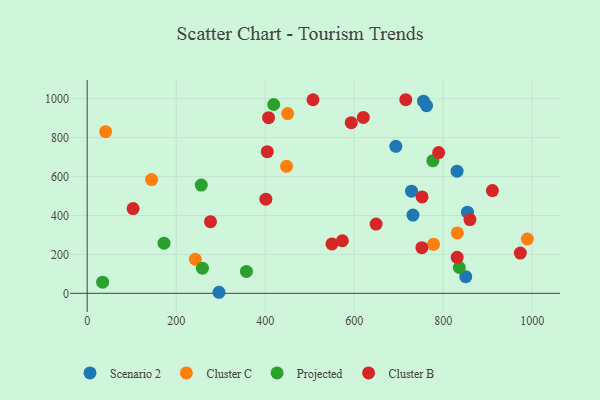
{"axis": {"x": "Ad Spend", "y": "Yield"}, "legend": ["Cluster B", "Cluster C", "Projected", "Scenario 2"], "data": [{"x": "831.1", "y": 627.7, "type": "Scenario 2"}, {"x": "762.6", "y": 964.0, "type": "Scenario 2"}, {"x": "296.2", "y": 5.3, "type": "Scenario 2"}, {"x": "850.6", "y": 85.7, "type": "Scenario 2"}, {"x": "693.6", "y": 755.5, "type": "Scenario 2"}, {"x": "732.0", "y": 401.8, "type": "Scenario 2"}, {"x": "755.7", "y": 987.3, "type": "Scenario 2"}, {"x": "854.4", "y": 417.1, "type": "Scenario 2"}, {"x": "728.8", "y": 524.9, "type": "Scenario 2"}, {"x": "831.6", "y": 310.4, "type": "Cluster C"}, {"x": "41.4", "y": 830.4, "type": "Cluster C"}, {"x": "242.9", "y": 175.1, "type": "Cluster C"}, {"x": "447.9", "y": 652.6, "type": "Cluster C"}, {"x": "778.2", "y": 251.8, "type": "Cluster C"}, {"x": "989.1", "y": 279.0, "type": "Cluster C"}, {"x": "450.4", "y": 923.6, "type": "Cluster C"}, {"x": "144.8", "y": 584.4, "type": "Cluster C"}, {"x": "776.7", "y": 681.4, "type": "Projected"}, {"x": "357.8", "y": 112.3, "type": "Projected"}, {"x": "172.6", "y": 257.4, "type": "Projected"}, {"x": "259.0", "y": 129.1, "type": "Projected"}, {"x": "34.7", "y": 57.3, "type": "Projected"}, {"x": "836.1", "y": 132.7, "type": "Projected"}, {"x": "419.1", "y": 970.3, "type": "Projected"}, {"x": "256.3", "y": 556.4, "type": "Projected"}, {"x": "573.4", "y": 270.1, "type": "Cluster B"}, {"x": "715.9", "y": 994.8, "type": "Cluster B"}, {"x": "789.8", "y": 723.0, "type": "Cluster B"}, {"x": "752.0", "y": 234.7, "type": "Cluster B"}, {"x": "649.2", "y": 355.7, "type": "Cluster B"}, {"x": "103.2", "y": 435.4, "type": "Cluster B"}, {"x": "973.3", "y": 207.0, "type": "Cluster B"}, {"x": "277.1", "y": 368.2, "type": "Cluster B"}, {"x": "407.5", "y": 902.4, "type": "Cluster B"}, {"x": "752.5", "y": 495.3, "type": "Cluster B"}, {"x": "550.0", "y": 253.9, "type": "Cluster B"}, {"x": "404.7", "y": 727.7, "type": "Cluster B"}, {"x": "620.5", "y": 903.6, "type": "Cluster B"}, {"x": "910.5", "y": 527.9, "type": "Cluster B"}, {"x": "860.1", "y": 379.1, "type": "Cluster B"}, {"x": "507.4", "y": 994.7, "type": "Cluster B"}, {"x": "831.3", "y": 184.7, "type": "Cluster B"}, {"x": "401.5", "y": 483.6, "type": "Cluster B"}, {"x": "593.3", "y": 877.0, "type": "Cluster B"}]}